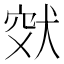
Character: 𤞮